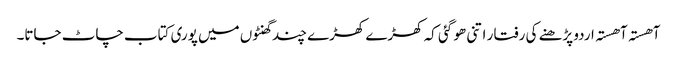
آھستہ آھستہ اردو پڑھنے کی رفتا ر اتنی ھو گئی کہ کھڑے کھڑے چند گھنٹوں میں پوری کتاب چاٹ جاتا۔